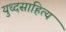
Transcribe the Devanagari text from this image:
युध्दसाहित्य